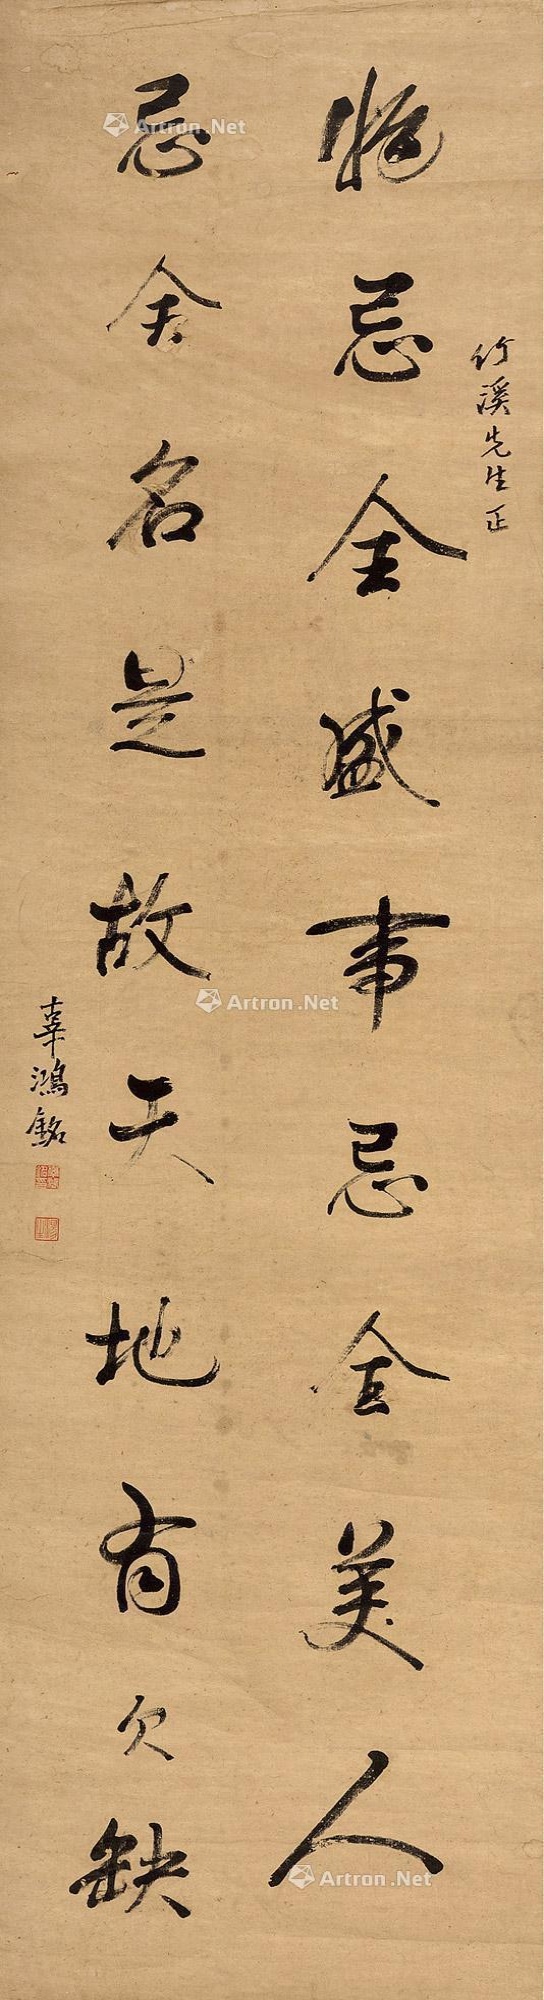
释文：物忌全盛，事忌全美，人忌全名，是故天地有欠缺。竹溪先生正，辜鸿铭。